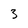
Character: 3